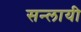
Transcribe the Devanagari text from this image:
सन्लायी